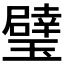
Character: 𱯻